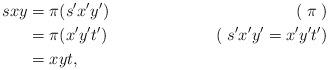
LaTeX: \begin{align*}sxy&=\pi(s^\prime x^\prime y^\prime)&(\;\pi\;)\\&=\pi(x^\prime y^\prime t^\prime)&(\; s^\prime x^\prime y^\prime=x^\prime y^\prime t^\prime)\\&=xyt,&\end{align*}